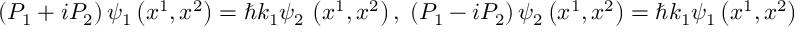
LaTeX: \left( P _ { 1 } + i P _ { 2 } \right) \psi _ { 1 } \left( x ^ { 1 } , x ^ { 2 } \right) = \hbar k _ { 1 } \psi _ { 2 } \, \left( x ^ { 1 } , x ^ { 2 } \right) , \; \left( P _ { 1 } - i P _ { 2 } \right) \psi _ { 2 } \left( x ^ { 1 } , x ^ { 2 } \right) = \hbar k _ { 1 } \psi _ { 1 } \left( x ^ { 1 } , x ^ { 2 } \right) \, .